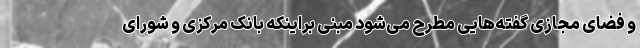
و فضای مجازی گفته‌هایی مطرح می‌شود مبنی براینکه بانک مرکزی و شورای